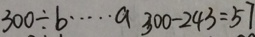
3 0 0 \div b \cdots a 3 0 0 - 2 4 3 = 5 7